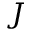
J